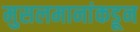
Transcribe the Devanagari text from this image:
मुसलमानांकडून